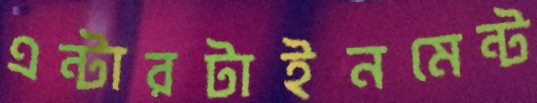
এন্টারটাইনমেন্ট